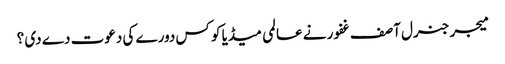
میجر جنرل آصف غفور نے عالمی میڈیا کو کس دورے کی دعوت دے دی ؟